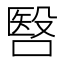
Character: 㗨